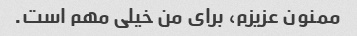
ممنون عزیزم، برای من خیلی مهم است.